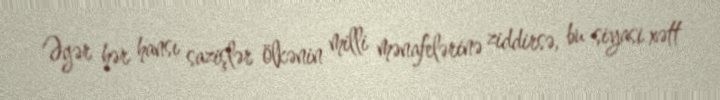
Əgər hər hansı sazişlər ölkənin milli mənafelərinə ziddirsə, bu siyasi xətt